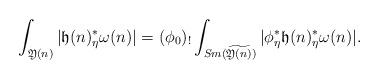
LaTeX: \begin{align*}\int_{\mathfrak Y(n)}|\mathfrak h(n)_{\eta}^*\omega(n)|=(\phi_0)_!\int_{Sm(\widetilde{\mathfrak Y(n)})}|\phi_{\eta}^*\mathfrak h(n)_{\eta}^*\omega(n)|.\end{align*}